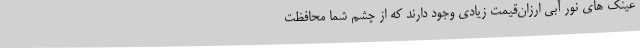
عینک ‌های نور آبی ارزان‌قیمت زیادی وجود دارند که از چشم شما محافظت